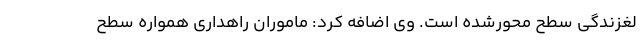
لغزندگی سطح محورشده است. وی اضافه کرد: ماموران راهداری همواره سطح